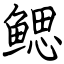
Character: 鳃